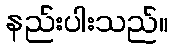
နည်းပါးသည်။